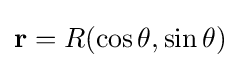
\mathbf {r} =R(\cos \theta ,\sin \theta )